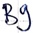
Text: B9